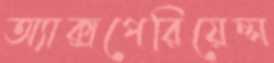
অ্যাক্সপেরিয়েন্স